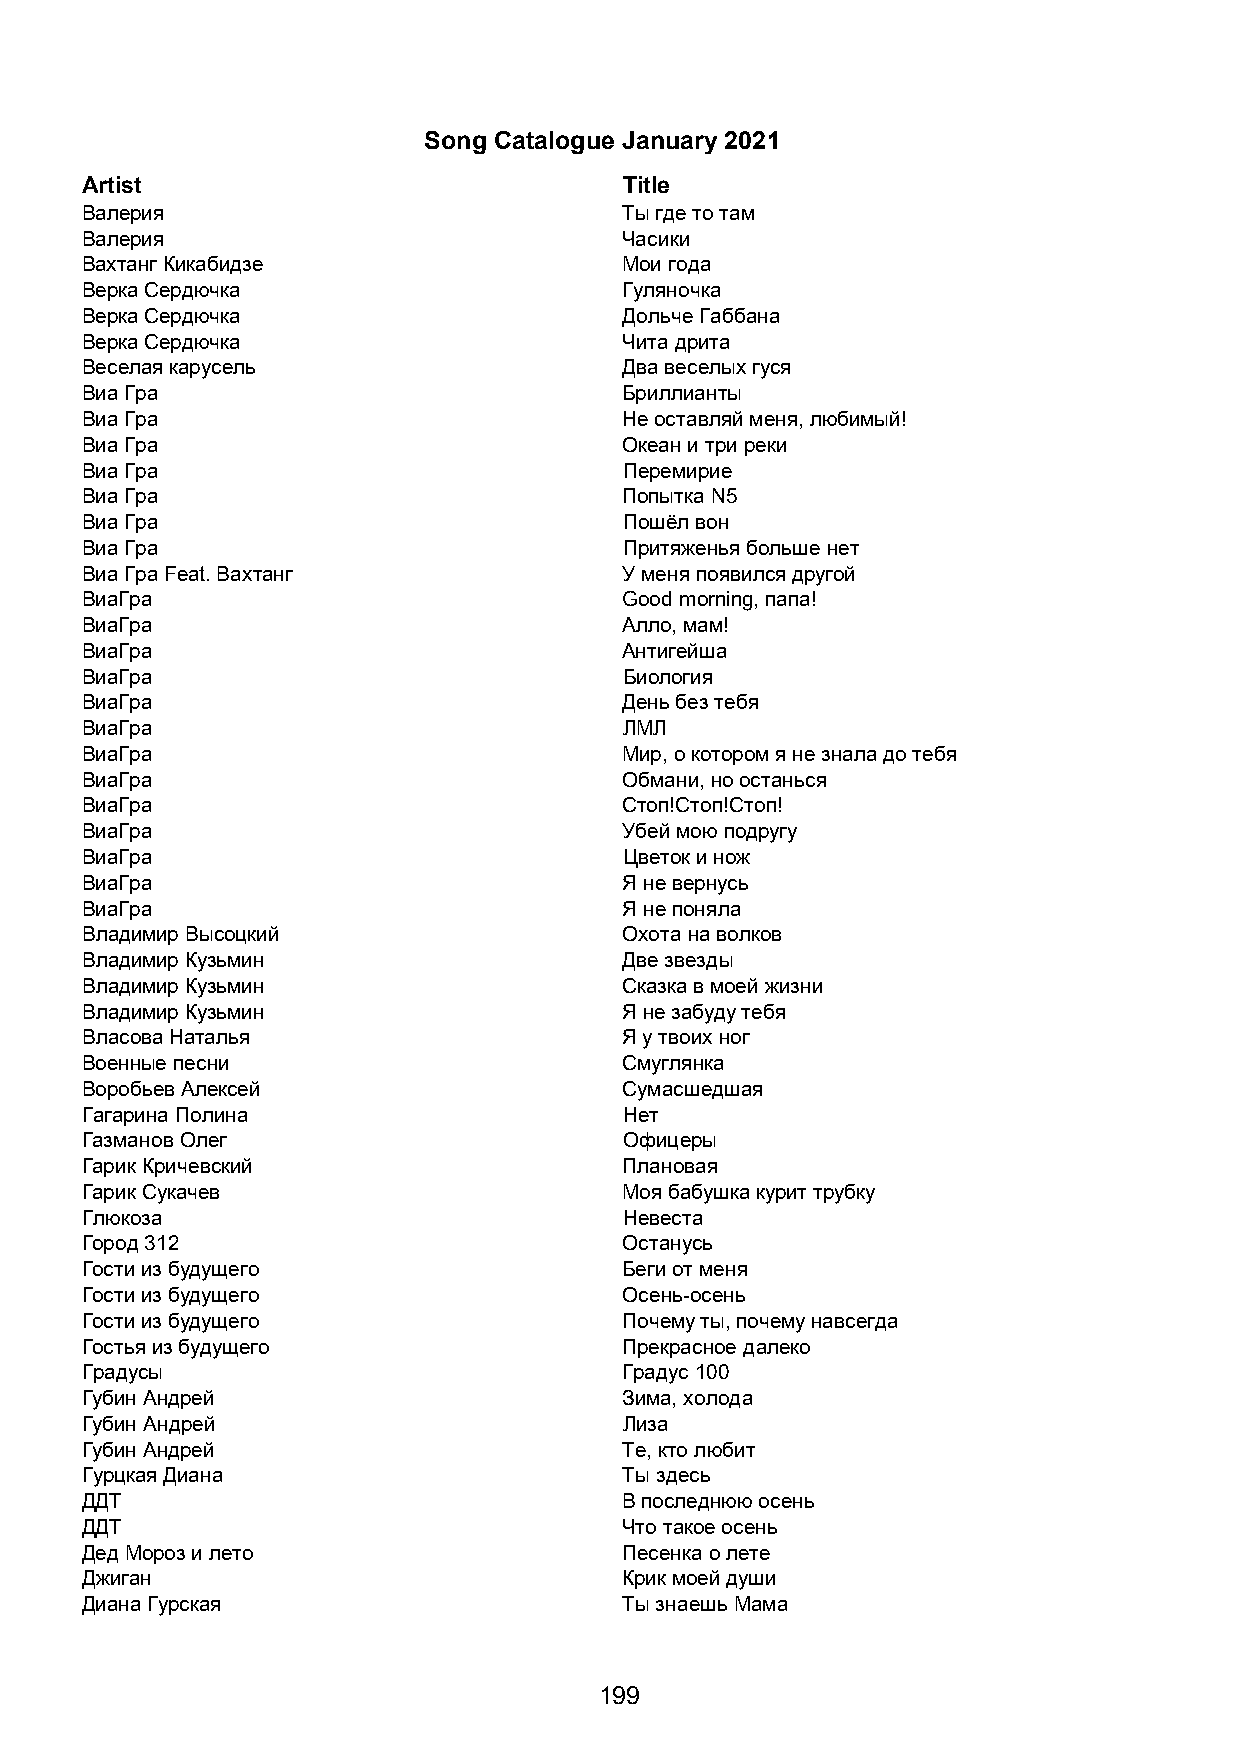
Song Catalogue January 2021
 Artist                              Title
 Валерия                             Ты где то там
 Валерия                             Часики
 Вахтанг Кикабидзе                   Мои года
 Верка Сердючка                      Гуляночка
 Верка Сердючка                      Дольче Габбана
 Верка Сердючка                      Чита дрита
 Веселая карусель                    Два веселых гуся
 Виа Гра                             Бриллианты
 Виа Гра                             Не оставляй меня, любимый!
 Виа Гра                             Океан и три реки
 Виа Гра                             Перемирие
 Виа Гра                             Попытка N5
 Виа Гра                             Пошёл вон
 Виа Гра                             Притяженья больше нет
 Виа Гра Feat. Вахтанг               У меня появился другой
 ВиаГра                              Good morning, папа!
 ВиаГра                              Алло, мам!
 ВиаГра                              Антигейша
 ВиаГра                              Биология
 ВиаГра                              День без тебя
 ВиаГра                              ЛМЛ
 ВиаГра                              Мир, о котором я не знала до тебя
 ВиаГра                              Обмани, но останься
 ВиаГра                              Стоп!Стоп!Стоп!
 ВиаГра                              Убей мою подругу
 ВиаГра                              Цветок и нож
 ВиаГра                              Я не вернусь
 ВиаГра                              Я не поняла
 Владимир Высоцкий                   Охота на волков
 Владимир Кузьмин                    Две звезды
 Владимир Кузьмин                    Сказка в моей жизни
 Владимир Кузьмин                    Я не забуду тебя
 Власова Наталья                     Я у твоих ног
 Военные песни                       Смуглянка
 Воробьев Алексей                    Сумасшедшая
 Гагарина Полина                     Нет
 Газманов Олег                       Офицеры
 Гарик Кричевский                    Плановая
 Гарик Сукачев                       Моя бабушка курит трубку
 Глюкоза                             Невеста
 Город 312                           Останусь
 Гости из будущего                   Беги от меня
 Гости из будущего                   Осень-осень
 Гости из будущего                   Почему ты, почему навсегда
 Гостья из будущего                  Прекрасное далеко
 Градусы                             Градус 100
 Губин Андрей                        Зима, холода
 Губин Андрей                        Лиза
 Губин Андрей                        Те, кто любит
 Гурцкая Диана                       Ты здесь
 ДДТ                                 В последнюю осень
 ДДТ                                 Что такое осень
 Дед Мороз и лето                    Песенка о лете
 Джиган                              Крик моей души
 Диана Гурская                       Ты знаешь Мама
 199